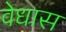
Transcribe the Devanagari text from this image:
वेधास